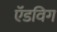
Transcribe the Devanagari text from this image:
ऍडविग